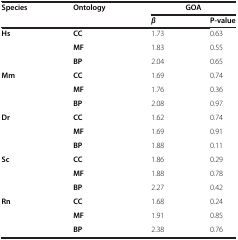
<table><thead><tr><td rowspan="2"><b>Species</b></td><td rowspan="2"><b>Ontology</b></td><td colspan="2"><b>GOA</b></td></tr><tr><td><b><i>β</i></b></td><td><b>P-value</b></td></tr></thead><tbody><tr><td><b>Hs</b></td><td><b>CC</b></td><td>1.73</td><td>0.63</td></tr><tr><td> </td><td><b>MF</b></td><td>1.83</td><td>0.55</td></tr><tr><td> </td><td><b>BP</b></td><td>2.04</td><td>0.65</td></tr><tr><td><b>Mm</b></td><td><b>CC</b></td><td>1.69</td><td>0.74</td></tr><tr><td> </td><td><b>MF</b></td><td>1.76</td><td>0.36</td></tr><tr><td> </td><td><b>BP</b></td><td>2.08</td><td>0.97</td></tr><tr><td><b>Dr</b></td><td><b>CC</b></td><td>1.62</td><td>0.74</td></tr><tr><td> </td><td><b>MF</b></td><td>1.69</td><td>0.91</td></tr><tr><td> </td><td><b>BP</b></td><td>1.88</td><td>0.11</td></tr><tr><td><b>Sc</b></td><td><b>CC</b></td><td>1.86</td><td>0.29</td></tr><tr><td> </td><td><b>MF</b></td><td>1.88</td><td>0.78</td></tr><tr><td> </td><td><b>BP</b></td><td>2.27</td><td>0.42</td></tr><tr><td><b>Rn</b></td><td><b>CC</b></td><td>1.68</td><td>0.24</td></tr><tr><td> </td><td><b>MF</b></td><td>1.91</td><td>0.85</td></tr><tr><td> </td><td><b>BP</b></td><td>2.38</td><td>0.76</td></tr></tbody></table>